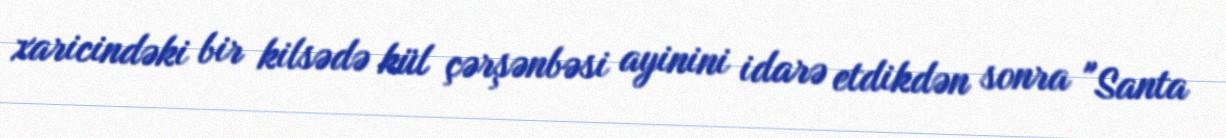
xaricindəki bir kilsədə kül çərşənbəsi ayinini idarə etdikdən sonra "Santa